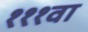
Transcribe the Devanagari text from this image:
१११वा